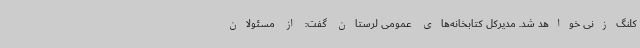
کلنگ‌زنی خواهد شد. مدیرکل کتابخانه‌های عمومی لرستان گفت: از مسئولان